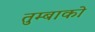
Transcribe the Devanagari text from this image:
तुम्बाको